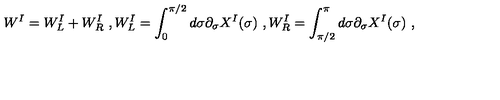
W ^ { I } = W _ { L } ^ { I } + W _ { R } ^ { I } \ , W _ { L } ^ { I } = \int _ { 0 } ^ { \pi / 2 } d \sigma \partial _ { \sigma } X ^ { I } ( \sigma ) \ , W _ { R } ^ { I } = \int _ { \pi / 2 } ^ { \pi } d \sigma \partial _ { \sigma } X ^ { I } ( \sigma ) \ ,